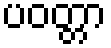
ပဝတ္တာ